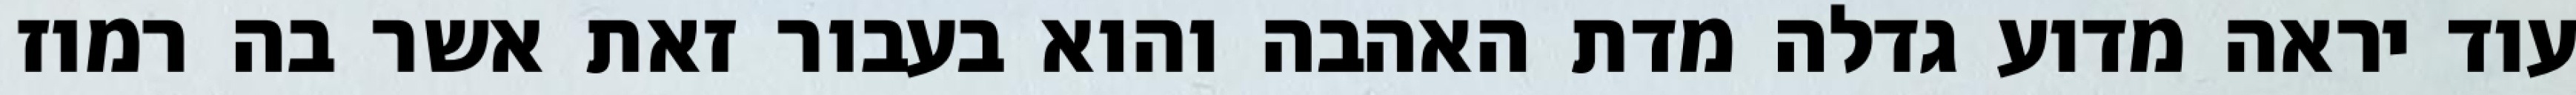
עוד יראה מדוע גדלה מדת האהבה והוא בעבור זאת אשר בה רמוז